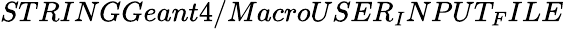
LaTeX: STRINGGeant4/MacroUSER_{I}NPUT_{F}ILE